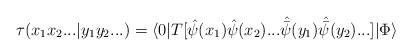
\begin{align*}\tau (x_1 x_2 ... | y_1 y_2 ...) = \langle 0 |T[{\hat \psi} (x_1) {\hat \psi} (x_2) ...{\hat {\bar \psi }} (y_1) {\hat {\bar \psi }} (y_2) ...] |\Phi \rangle\end{align*}